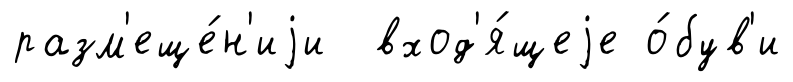
разм'еще́н'иjи вход'я́щеjе о́був'и